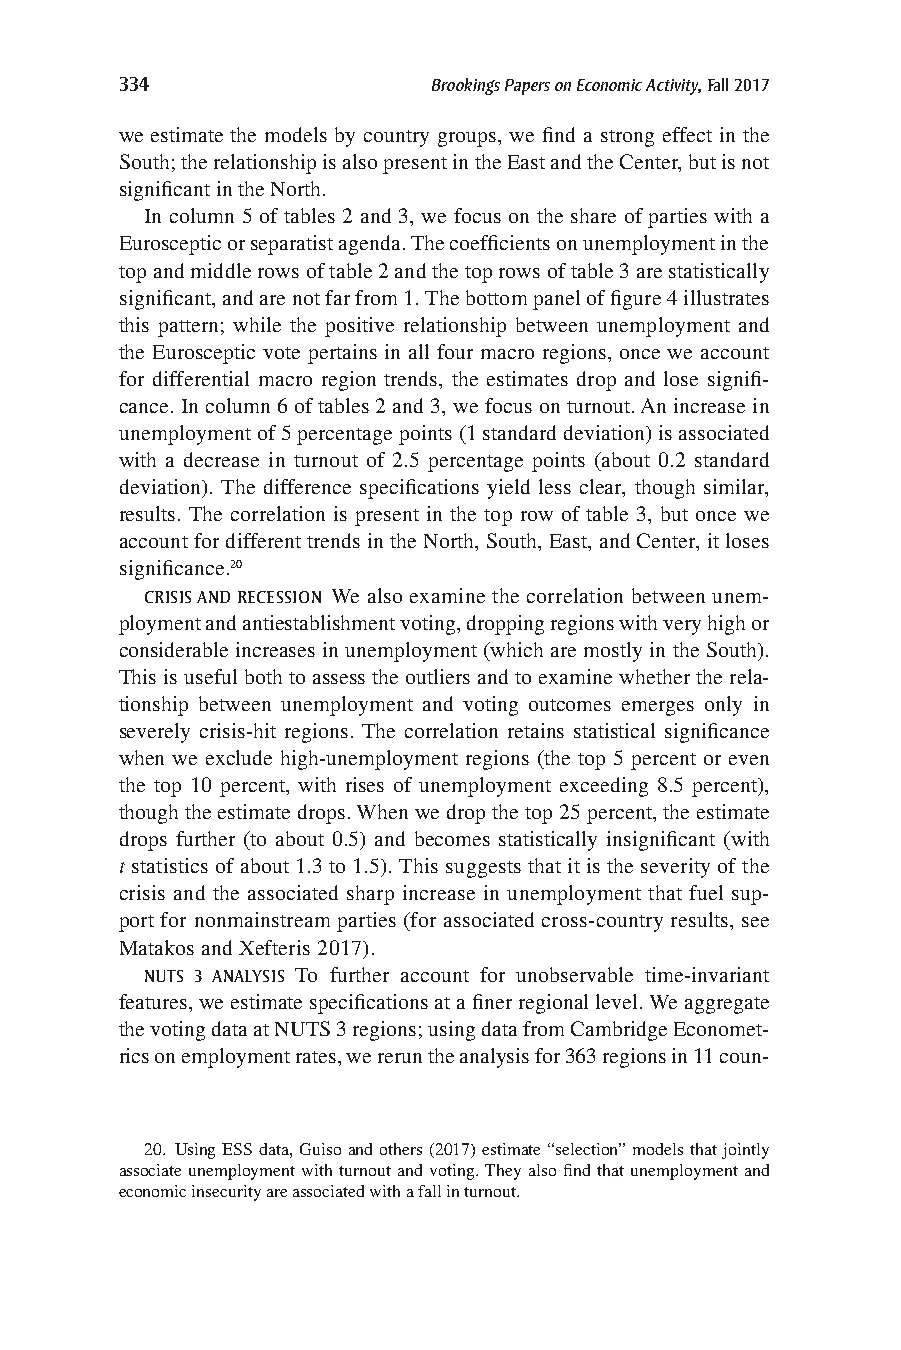
334                  Brookings Papers on Economic Activity, Fall 2017
 we estimate the models by country groups, we find a strong effect in the
 South; the relationship is also present in the East and the Center, but is not
 significant in the North.
 In column 5 of tables 2 and 3, we focus on the share of parties with a
 Eurosceptic or separatist agenda. The coefficients on unemployment in the
 top and middle rows of table 2 and the top rows of table 3 are statistically
 significant, and are not far from 1. The bottom panel of figure 4 illustrates
 this pattern; while the positive relationship between unemployment and
 the Eurosceptic vote pertains in all four macro regions, once we account
 for differential macro region trends, the estimates drop and lose signifi-
 cance. In column 6 of tables 2 and 3, we focus on turnout. An increase in
 unemployment of 5 percentage points (1 standard deviation) is associated
 with a decrease in turnout of 2.5 percentage points (about 0.2 standard
 deviation). The difference specifications yield less clear, though similar,
 results. The correlation is present in the top row of table 3, but once we
 account for different trends in the North, South, East, and Center, it loses
 significance.20
 CRISIS AND RECESSION We also examine the correlation between unem-
 ployment and antiestablishment voting, dropping regions with very high or
 considerable increases in unemployment (which are mostly in the South).
 This is useful both to assess the outliers and to examine whether the rela-
 tionship between unemployment and voting outcomes emerges only in
 severely crisis-hit regions. The correlation retains statistical significance
 when we exclude high-unemployment regions (the top 5 percent or even
 the top 10 percent, with rises of unemployment exceeding 8.5 percent),
 though the estimate drops. When we drop the top 25 percent, the estimate
 drops further (to about 0.5) and becomes statistically insignificant (with
 t statistics of about 1.3 to 1.5). This suggests that it is the severity of the
 crisis and the associated sharp increase in unemployment that fuel sup-
 port for nonmainstream parties (for associated cross-country results, see
 Matakos and Xefteris 2017).
 NUTS 3 ANALYSIS To further account for unobservable time-invariant
 features, we estimate specifications at a finer regional level. We aggregate
 the voting data at NUTS 3 regions; using data from Cambridge Economet-
 rics on employment rates, we rerun the analysis for 363 regions in 11 coun-
 20. Using ESS data, Guiso and others (2017) estimate “selection” models that jointly
 associate unemployment with turnout and voting. They also find that unemployment and
 economic insecurity are associated with a fall in turnout.